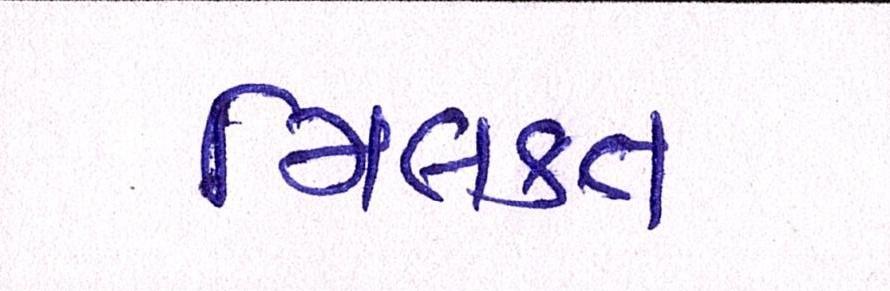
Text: મિલકત